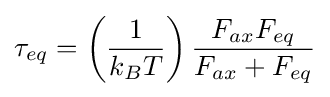
\tau _{eq}=\left({\frac {1}{k_{B}T}}\right){\frac {F_{ax}F_{eq}}{F_{ax}+F_{eq}}}